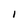
Character: 1